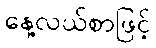
နေ့လယ်စာဖြင့်